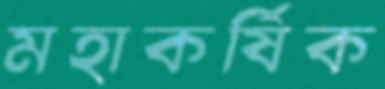
মহাকর্ষিক